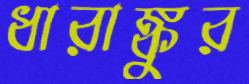
ধারাঙ্কুর